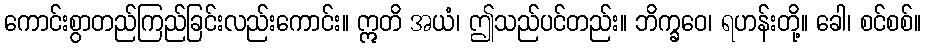
ကောင်းစွာတည်ကြည်ခြင်းလည်းကောင်း။ ဣတိ အယံ၊ ဤသည်ပင်တည်း။ ဘိက္ခဝေ၊ ရဟန်းတို့။ ခေါ၊ စင်စစ်။